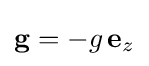
\mathbf {g} =-g\,\mathbf {e} _{z}